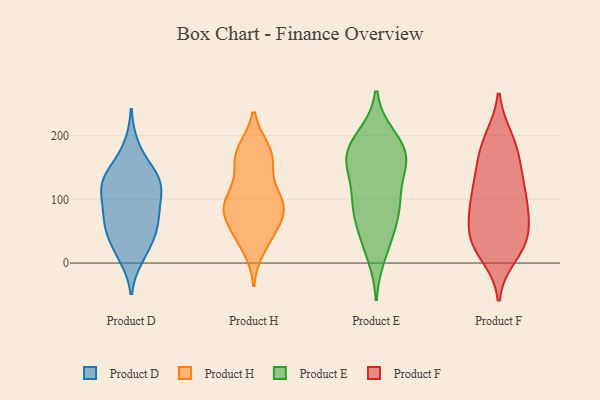
{"axis": {"x": "Page Views", "y": "Value"}, "legend": ["Product D", "Product E", "Product F", "Product H"], "data": [{"x": "", "y": 85, "type": "Product D"}, {"x": "", "y": 37, "type": "Product D"}, {"x": "", "y": 18, "type": "Product D"}, {"x": "", "y": 140, "type": "Product D"}, {"x": "", "y": 65, "type": "Product D"}, {"x": "", "y": 111, "type": "Product D"}, {"x": "", "y": 117, "type": "Product D"}, {"x": "", "y": 136, "type": "Product D"}, {"x": "", "y": 107, "type": "Product D"}, {"x": "", "y": 58, "type": "Product D"}, {"x": "", "y": 11, "type": "Product D"}, {"x": "", "y": 130, "type": "Product D"}, {"x": "", "y": 182, "type": "Product D"}, {"x": "", "y": 137, "type": "Product D"}, {"x": "", "y": 53, "type": "Product D"}, {"x": "", "y": 72, "type": "Product D"}, {"x": "", "y": 169, "type": "Product H"}, {"x": "", "y": 99, "type": "Product H"}, {"x": "", "y": 136, "type": "Product H"}, {"x": "", "y": 170, "type": "Product H"}, {"x": "", "y": 95, "type": "Product H"}, {"x": "", "y": 99, "type": "Product H"}, {"x": "", "y": 58, "type": "Product H"}, {"x": "", "y": 85, "type": "Product H"}, {"x": "", "y": 23, "type": "Product H"}, {"x": "", "y": 81, "type": "Product H"}, {"x": "", "y": 177, "type": "Product H"}, {"x": "", "y": 85, "type": "Product H"}, {"x": "", "y": 71, "type": "Product H"}, {"x": "", "y": 156, "type": "Product H"}, {"x": "", "y": 100, "type": "Product H"}, {"x": "", "y": 42, "type": "Product H"}, {"x": "", "y": 177, "type": "Product H"}, {"x": "", "y": 40, "type": "Product H"}, {"x": "", "y": 92, "type": "Product E"}, {"x": "", "y": 171, "type": "Product E"}, {"x": "", "y": 197, "type": "Product E"}, {"x": "", "y": 165, "type": "Product E"}, {"x": "", "y": 168, "type": "Product E"}, {"x": "", "y": 78, "type": "Product E"}, {"x": "", "y": 168, "type": "Product E"}, {"x": "", "y": 158, "type": "Product E"}, {"x": "", "y": 96, "type": "Product E"}, {"x": "", "y": 52, "type": "Product E"}, {"x": "", "y": 198, "type": "Product E"}, {"x": "", "y": 13, "type": "Product E"}, {"x": "", "y": 155, "type": "Product E"}, {"x": "", "y": 36, "type": "Product E"}, {"x": "", "y": 118, "type": "Product E"}, {"x": "", "y": 88, "type": "Product E"}, {"x": "", "y": 86, "type": "Product F"}, {"x": "", "y": 85, "type": "Product F"}, {"x": "", "y": 185, "type": "Product F"}, {"x": "", "y": 28, "type": "Product F"}, {"x": "", "y": 124, "type": "Product F"}, {"x": "", "y": 89, "type": "Product F"}, {"x": "", "y": 45, "type": "Product F"}, {"x": "", "y": 12, "type": "Product F"}, {"x": "", "y": 35, "type": "Product F"}, {"x": "", "y": 152, "type": "Product F"}, {"x": "", "y": 24, "type": "Product F"}, {"x": "", "y": 50, "type": "Product F"}, {"x": "", "y": 104, "type": "Product F"}, {"x": "", "y": 39, "type": "Product F"}, {"x": "", "y": 195, "type": "Product F"}, {"x": "", "y": 192, "type": "Product F"}, {"x": "", "y": 137, "type": "Product F"}, {"x": "", "y": 94, "type": "Product F"}, {"x": "", "y": 155, "type": "Product F"}]}